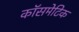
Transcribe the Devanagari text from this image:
कॉसमेटिक